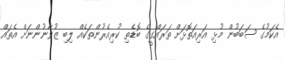
އެކަމުގެ ސަބަބުން މުޅި އަރިއަތޮޅަށް ތަރައްގީގެ ބޮޑެތި ކުރިއެރުންތަކެއް ލިބި ޒުވާނުންނަށް އެތައް